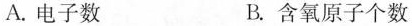
A.电子数 B.含氧原子个数